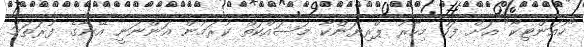
"ކުއަންޓިކޯ" އަށް ފަހު މިހާރު ޕްރިޔަންކާ މަސައްކަތް ކުރަމުން އަންނަނީ އޭނާގެ ފުރަތަމަ